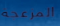
المزعجة